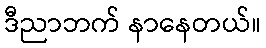
ဒီညာဘက် နာနေတယ်။